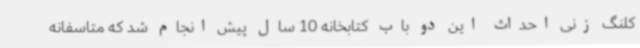
کلنگ زنی احداث این دو باب کتابخانه 10 سال پیش انجام شد که متاسفانه